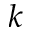
k